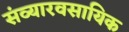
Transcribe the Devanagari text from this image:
संव्यारवसायिक